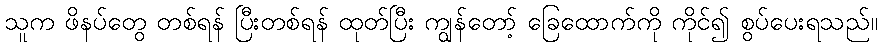
သူက ဖိနပ်တွေ တစ်ရန် ပြီးတစ်ရန် ထုတ်ပြီး ကျွန်တော့် ခြေထောက်ကို ကိုင်၍ စွပ်ပေးရသည်။